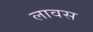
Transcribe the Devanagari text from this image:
लावस